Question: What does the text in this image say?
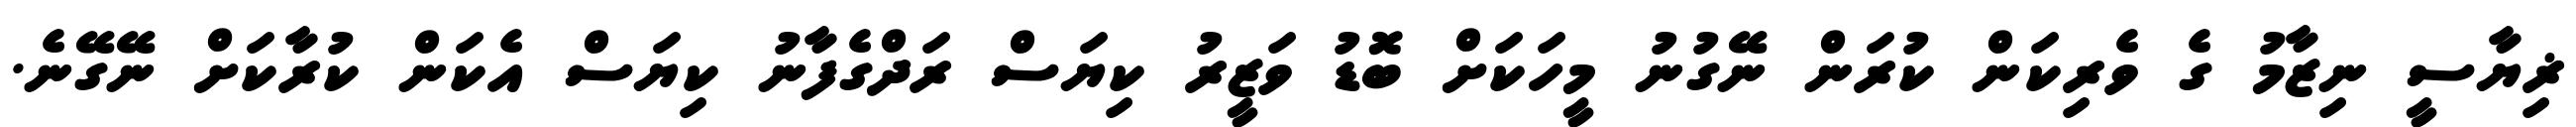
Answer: ޜިޔާސީ ނިޒާމު ގެ ވެރިކަން ކުރަން ނޭގުނު މީހަކަށް ބޮޑު ވަޒީރު ކިޔަސް ރަދްގެފާނު ކިޔަސް އެކަން ކުރާކަށް ނޭގޭނެ.